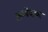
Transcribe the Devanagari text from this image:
अम्बेदकर